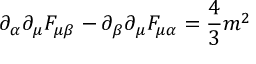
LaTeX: \partial _ { \alpha } \partial _ { \mu } F _ { \mu \beta } - \partial _ { \beta } \partial _ { \mu } F _ { \mu \alpha } = { \frac { 4 } { 3 } } m ^ { 2 }